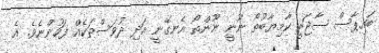
ބައިޕާސް ސާޖަރީ ކާމިޔާބުތޯ ނޫނީ ނޫންތޯ އެނގޭނީ އަދި ދުވަސްތަކެއް ފަހުންނެވެ. އެ